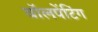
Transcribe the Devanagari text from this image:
वॉलपेंटिंग